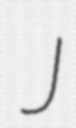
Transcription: J